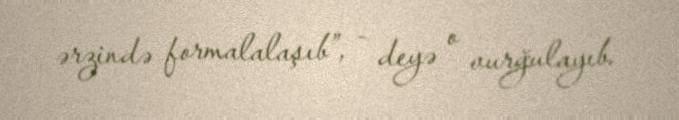
ərzində formalalaşıb”, - deyə o vurğulayıb.